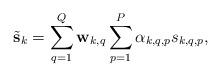
LaTeX: \begin{align*}\tilde{\mathbf{s}}_k= \sum^{Q}_{q=1}\mathbf{w}_{k,q}\sum^{P}_{p=1} \alpha_{k,q,p} s_{k,q,p},\end{align*}